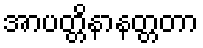
အာပတ္တိနာနတ္တတာ